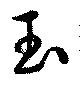
玉